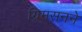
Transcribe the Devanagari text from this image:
ग्रिमसनने